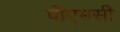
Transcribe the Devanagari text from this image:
पीएमसी